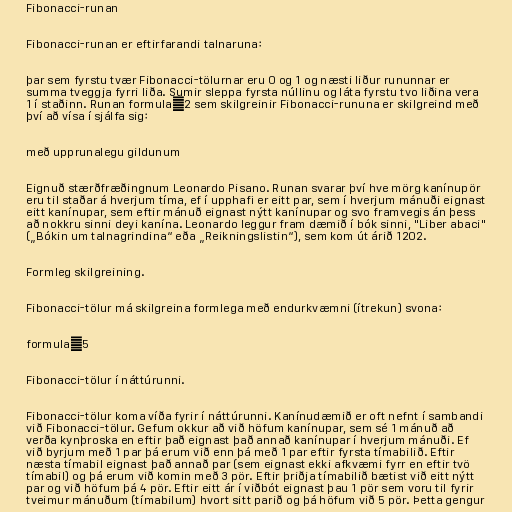
Fibonacci-runan

Fibonacci-runan er eftirfarandi talnaruna:

þar sem fyrstu tvær Fibonacci-tölurnar eru 0 og 1 og næsti liður rununnar er
summa tveggja fyrri liða. Sumir sleppa fyrsta núllinu og láta fyrstu tvo liðina vera
1 í staðinn. Runan formula_2 sem skilgreinir Fibonacci-rununa er skilgreind með
því að vísa í sjálfa sig:

með upprunalegu gildunum

Eignuð stærðfræðingnum Leonardo Pisano. Runan svarar því hve mörg kanínupör
eru til staðar á hverjum tíma, ef í upphafi er eitt par, sem í hverjum mánuði eignast
eitt kanínupar, sem eftir mánuð eignast nýtt kanínupar og svo framvegis án þess
að nokkru sinni deyi kanína. Leonardo leggur fram dæmið í bók sinni, "Liber abaci"
(„Bókin um talnagrindina“ eða „Reikningslistin“), sem kom út árið 1202.

Formleg skilgreining.

Fibonacci-tölur má skilgreina formlega með endurkvæmni (ítrekun) svona:

formula_5

Fibonacci-tölur í náttúrunni.

Fibonacci-tölur koma víða fyrir í náttúrunni. Kanínudæmið er oft nefnt í sambandi
við Fibonacci-tölur. Gefum okkur að við höfum kanínupar, sem sé 1 mánuð að
verða kynþroska en eftir það eignast það annað kanínupar í hverjum mánuði. Ef
við byrjum með 1 par þá erum við enn þá með 1 par eftir fyrsta tímabilið. Eftir
næsta tímabil eignast það annað par (sem eignast ekki afkvæmi fyrr en eftir tvö
tímabil) og þá erum við komin með 3 pör. Eftir þriðja tímabilið bætist við eitt nýtt
par og við höfum þá 4 pör. Eftir eitt ár í viðbót eignast þau 1 pör sem voru til fyrir
tveimur mánuðum (tímabilum) hvort sitt parið og þá höfum við 5 pör. Þetta gengur